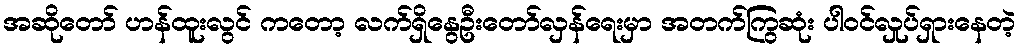
အဆိုတော် ဟန်ထူးလွင် ကတော့ လက်ရှိနွေဦးတော်လှန်ရေးမှာ အတက်ကြွဆုံး ပါဝင်လှုပ်ရှားနေတဲ့